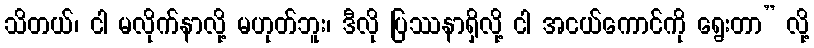
သိတယ်၊ ငါ မလိုက်နာလို့ မဟုတ်ဘူး၊ ဒီလို ပြဿနာရှိလို့ ငါ အငယ်ကောင်ကို ရွေးတာ” လို့